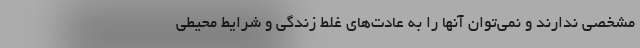
مشخصی ندارند و نمی‌توان آنها را به عادت‌های غلط زندگی و شرایط محیطی